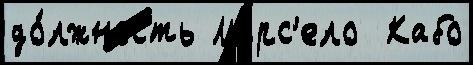
до́лжность Марс'ело  Кабо